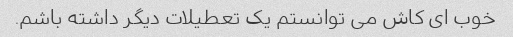
خوب ای کاش می توانستم یک تعطیلات دیگر داشته باشم.